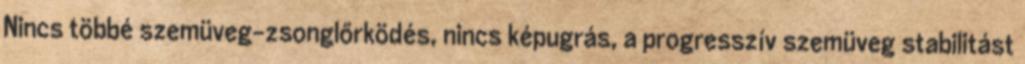
Nincs többé szemüveg-zsonglőrködés, nincs képugrás, a progresszív szemüveg stabilitást